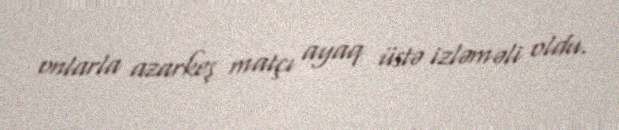
onlarla azarkeş matçı ayaq üstə izləməli oldu.